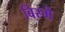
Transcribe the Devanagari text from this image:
बिस्मै